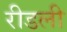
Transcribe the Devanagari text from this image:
रीडली